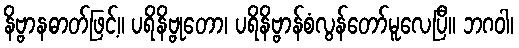
နိဗ္ဗာနဓာတ်ဖြင့်။ ပရိနိဗ္ဗုတော၊ ပရိနိဗ္ဗာန်စံလွန်တော်မူလေပြီ။ ဘဂဝါ၊